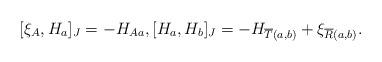
LaTeX: \begin{align*} [\xi_A, H_a ]_J = - H_{Aa}, [H_a, H_b]_J = - H_{\overline{T}(a,b)} + \xi_{\overline{R}(a,b)}.\end{align*}